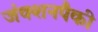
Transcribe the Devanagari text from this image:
जंक्शनपैकी